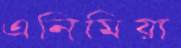
এনিমিয়া